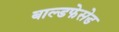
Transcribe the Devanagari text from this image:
बाल्डफेसेड